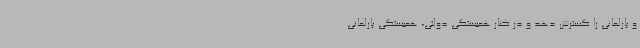
و پارلمانی را گسترش دهد و در کنار همبستگی دولتی، همبستگی پارلمانی